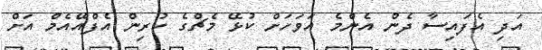
އަދި އެފައިސާ ދެން އެންމެ އަވަހަށް ކުޅޭ މެޗްގެ ކުރިން އެފްއޭއެމް އަށް